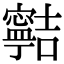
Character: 𡫸